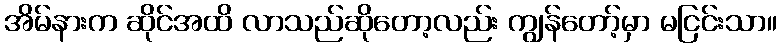
အိမ်နားက ဆိုင်အထိ လာသည်ဆိုတော့လည်း ကျွန်တော့်မှာ မငြင်းသာ။